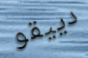
دييقو